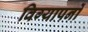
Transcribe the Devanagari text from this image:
विग्यापनों